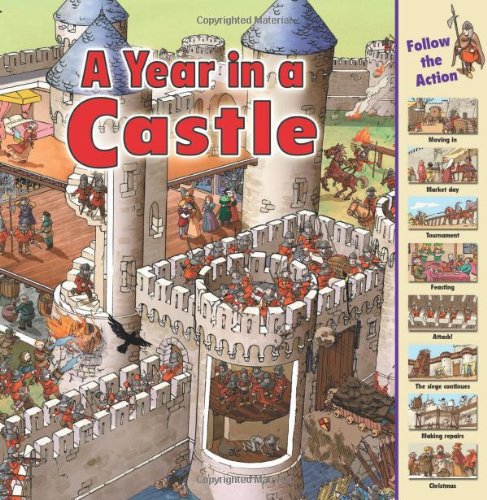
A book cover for A Year in a Castle (Time Goes By); Rachel Coombs; Children's Books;